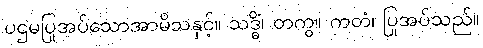
ပဌမပြုအပ်သောအာမိသနှင့်။ သဒ္ဓိံ၊ တကွ။ ကတံ၊ ပြုအပ်သည်။